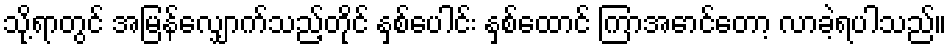
သို့ရာတွင် အမြန်လျှောက်သည့်တိုင် နှစ်ပေါင်း နှစ်ထောင် ကြာအောင်တော့ လာခဲ့ရပါသည်။